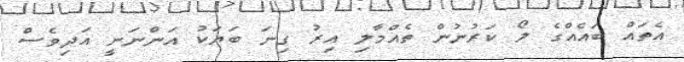
އެތައް ބައެއްގެ ލޯ ކަރުނުން ތެއްމާލި އިރު ގިނަ ބަޔަކު އަންނަނީ އަދިވެސް